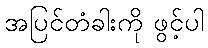
အပြင်တံခါးကို ဖွင့်ပါ